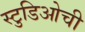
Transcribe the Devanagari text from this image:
स्टुडिओची